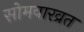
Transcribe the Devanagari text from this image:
सोमवारव्रत